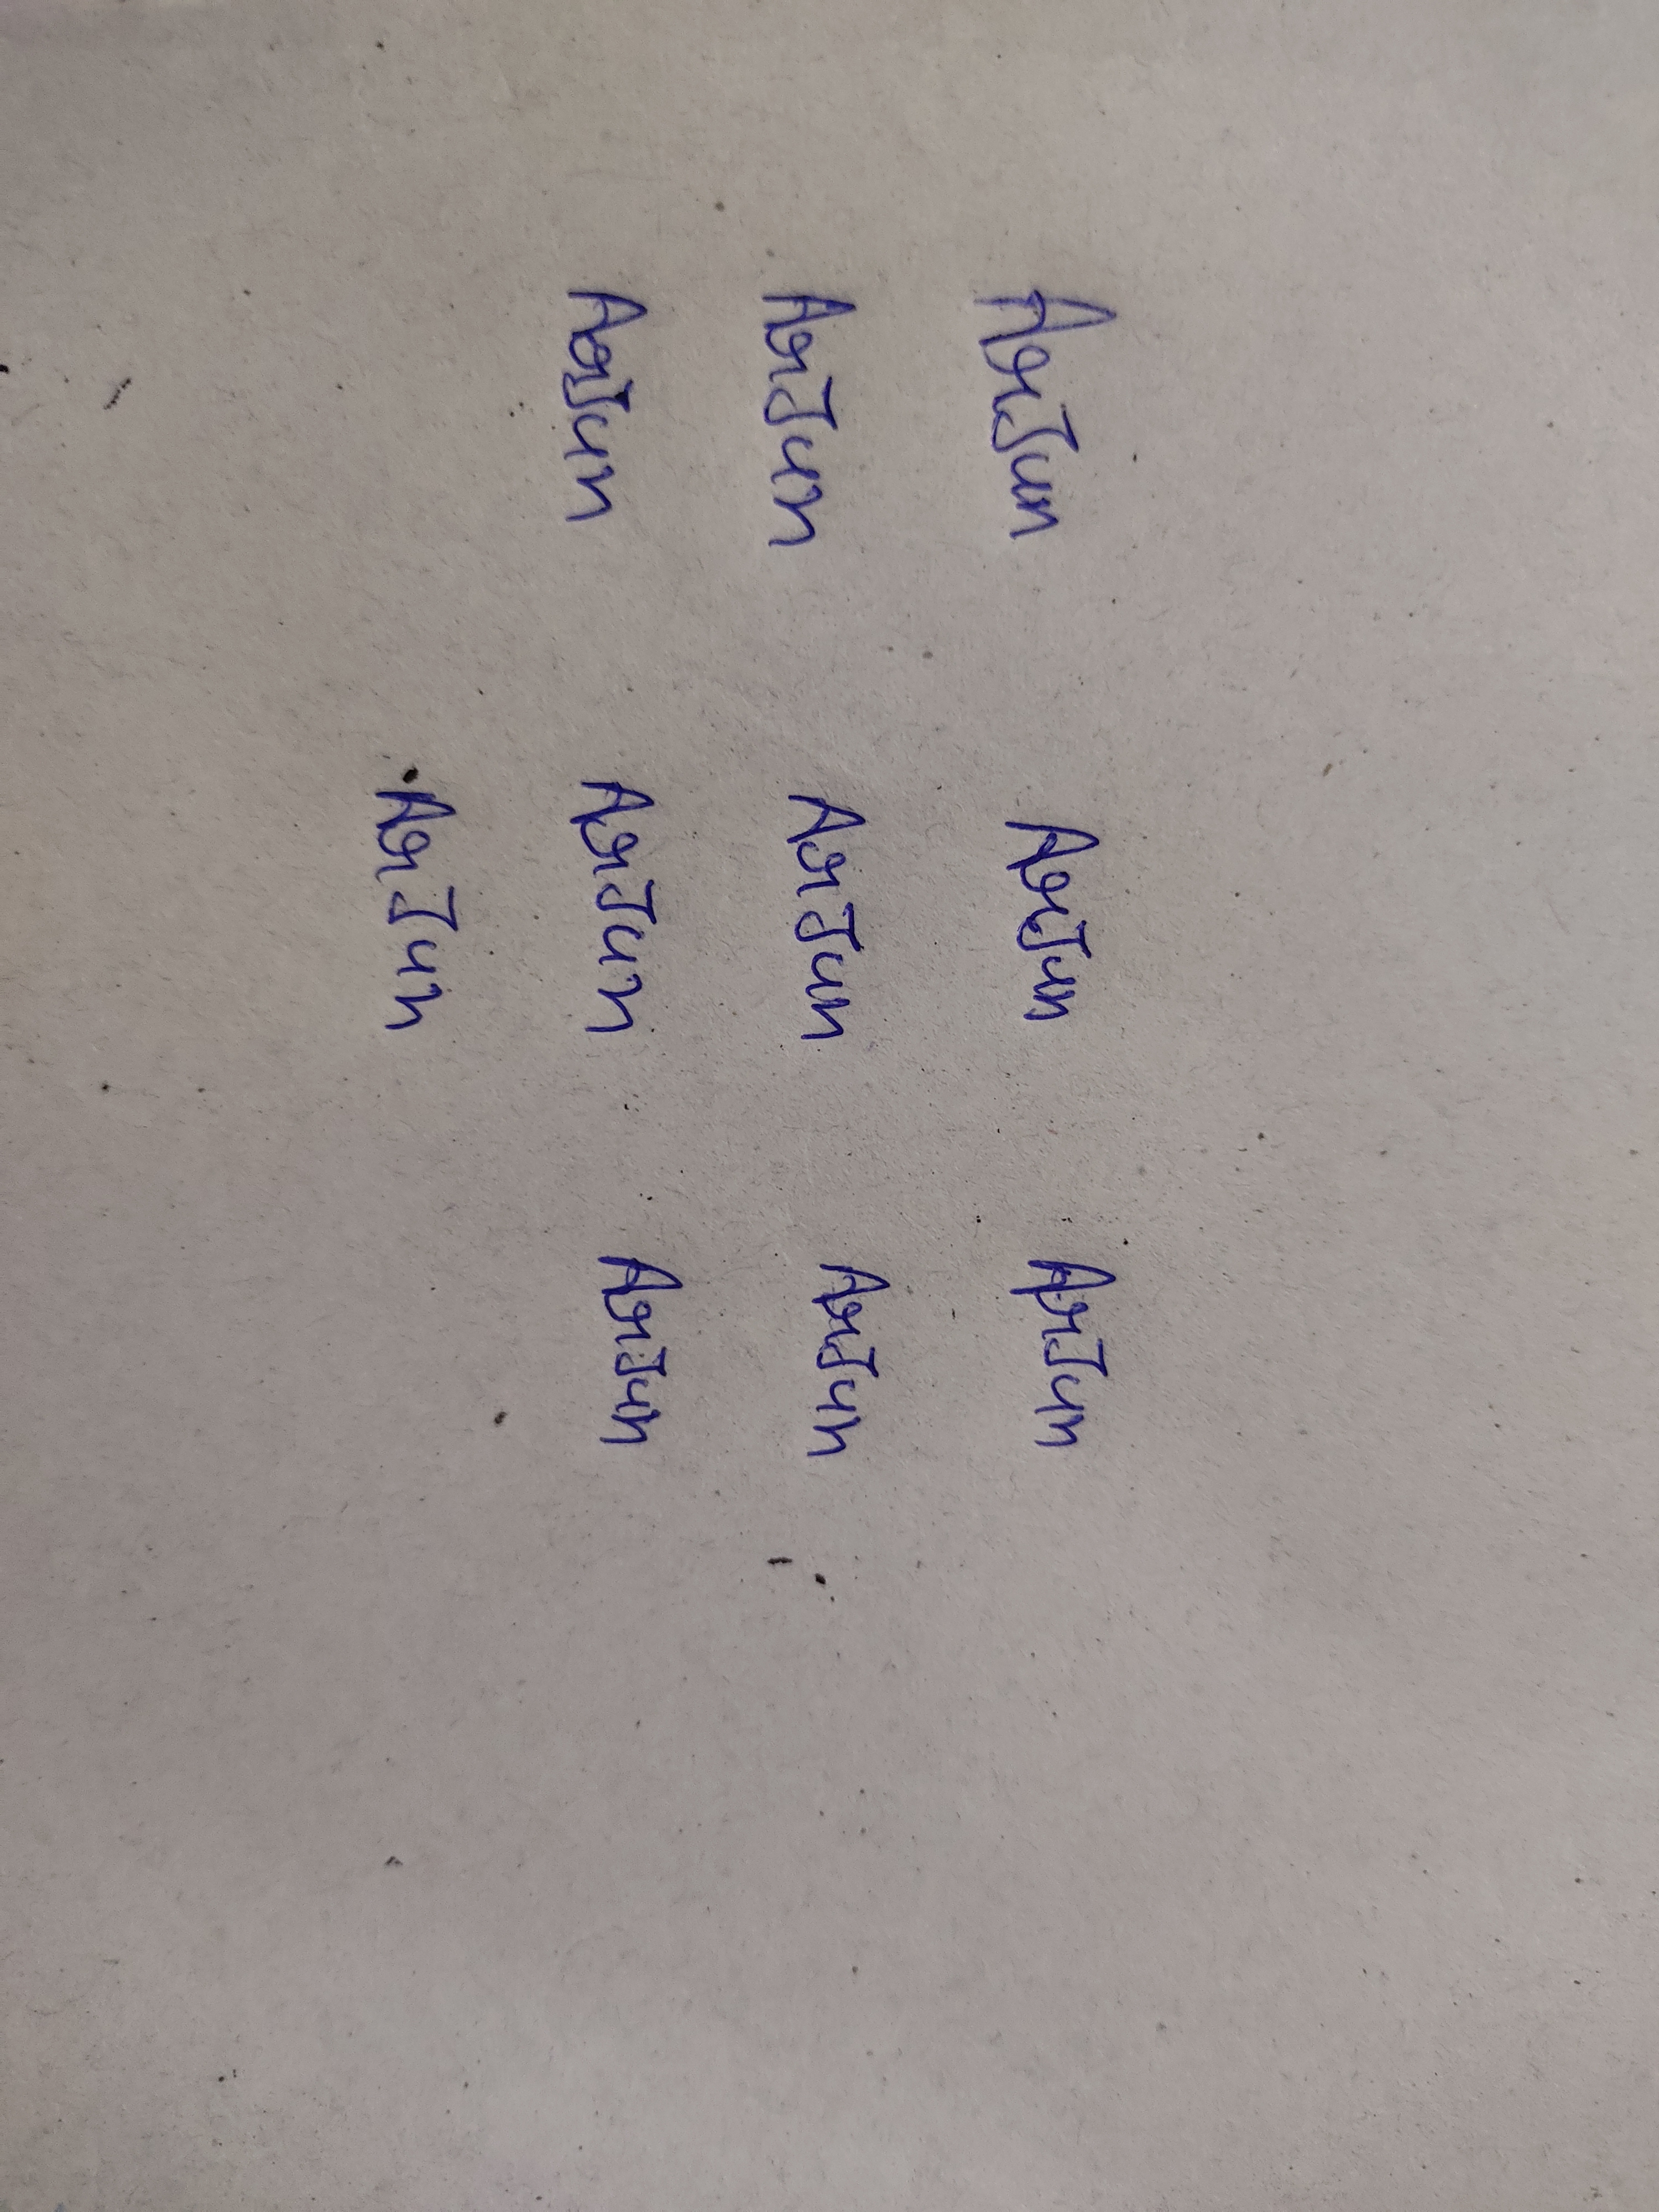
Signature authenticity: genuine